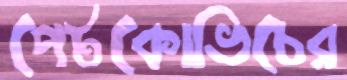
পেটকোভিচের